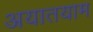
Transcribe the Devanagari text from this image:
अयातयाम